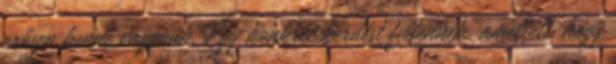
erősen benne vagyunk. Egy konkrét kérdést feltennék, amellett, hogy